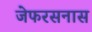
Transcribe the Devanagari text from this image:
जेफरसनास